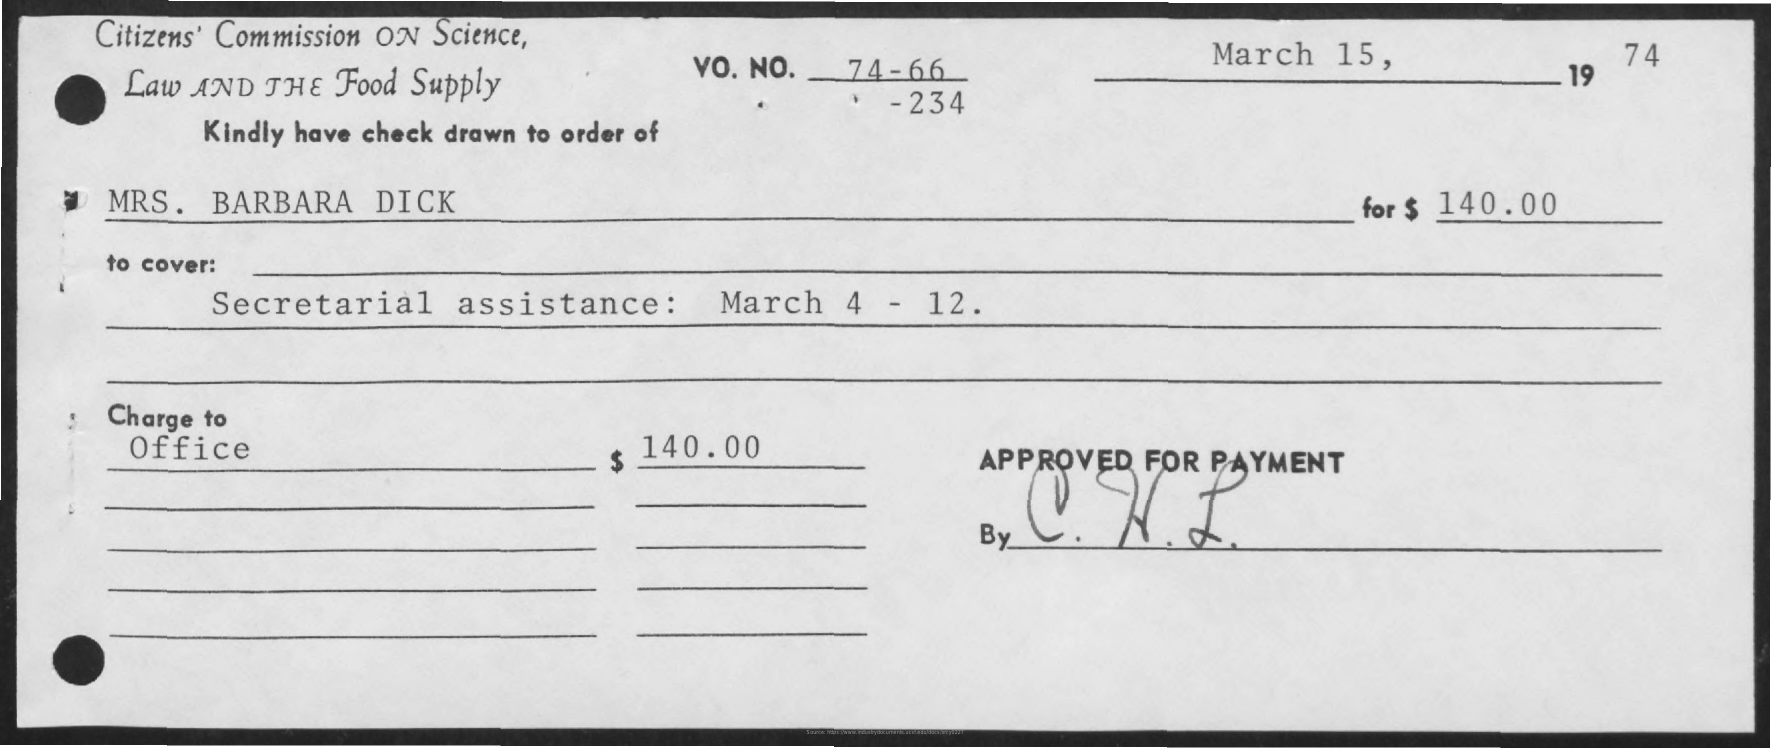
Citizens'    Commission    ON    Science,
     Law    AND    THE    Food    Supply
     VO.    NO.    _    74-    66_    March    15,
     19
     74
     Kindly    have    check    drawn    to    order    of
     -    234
     MRS.    BARBARA    DICK    for    $    140.00
     to    cover:
     Secretarial    assistance:    March    4    -    12.
     Charge    to
     Office    $    140.00    APPROVED    FOR    PAYMENT
     By
     Source: https://www.industrydocuments.ucsf.edu/docs/xrcy0227